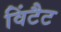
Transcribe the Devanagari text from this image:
विंटैट